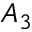
A _ { 3 }